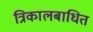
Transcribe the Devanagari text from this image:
त्रिकालबाधित